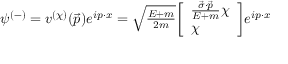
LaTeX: \psi ^ { ( - ) } = v ^ { ( \chi ) } ( { \vec { p } } ) e ^ { i p \cdot x } = \textstyle { \sqrt { \frac { E + m } { 2 m } } } { \left[ \begin{array} { l } { { \frac { { \vec { \sigma } } \cdot { \vec { p } } } { E + m } } \chi } \\ { \chi } \end{array} \right] } e ^ { i p \cdot x }